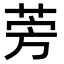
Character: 𫟐